Leaving Certificate Examination (including Day School Certificate (Higher) General paper), 1932
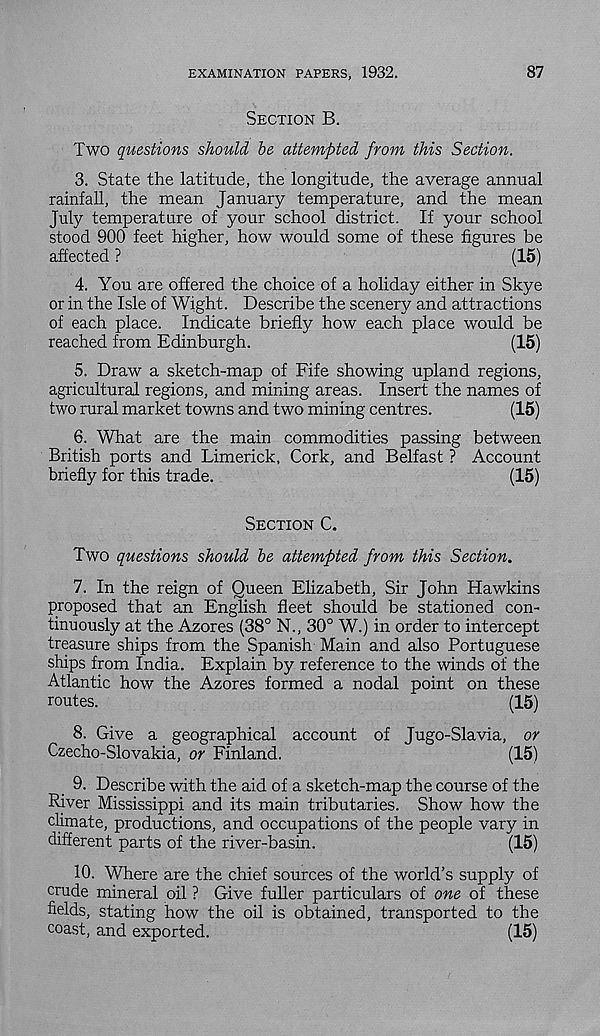
EXAMINATION PAPERS, 1932.
87
Section B.
Two questions should be attempted from this Section.
3. State the latitude, the longitude, the average annual
rainfall, the mean January temperature, and the mean
July temperature of your school district. If your school
stood 900 feet higher, how would some of these figures be
affected ?
(15)
4. You are offered the choice of a holiday either in Skye
or in the Isle of Wight. Describe the scenery and attractions
of each place. Indicate briefly how each place would be
reached from Edinburgh.
(15)
5. Draw a sketch-map of Fife showing upland regions,
agricultural regions, and mining areas. Insert the names of
two rural market towns and two mining centres.
(15)
6. What are the main commodities passing between
British ports and Limerick, Cork, and Belfast ? Account
briefly for this trade.
(15)
Section C.
Two questions should be attempted from this Section.
7. In the reign of Queen Elizabeth, Sir John Hawkins
proposed that an English fleet should be stationed con-
tinuously at the Azores (38° N., 30° W.) in order to intercept
treasure ships from the Spanish Main and also Portuguese
ships from India. Explain by reference to the winds of the
Atlantic how the Azores formed a nodal point on these
routes.
(15)
8. Give a geographical account of Jugo-Slavia, or
Czecho-Slovakia, or Finland.
(15)
9. Describe with the aid of a sketch-map the course of the
River Mississippi and its main tributaries. Show how the
climate, productions, and occupations of the people vary in
different parts of the river-basin.
(15)
10. Where are the chief sources of the world’s supply of
crude mineral oil ? Give fuller particulars of one of these
fields, stating how the oil is obtained, transported to the
coast, and exported.
(15)